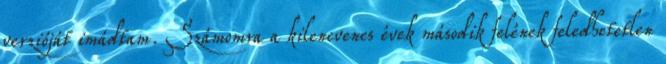
verzióját imádtam. Számomra a kilencvenes évek második felének feledhetetlen